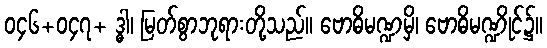
၀၄၆+၀၄၇+ ဒ္ဓါ၊ မြတ်စွာဘုရားတို့သည်။ ဗောဓိမဏ္ဍမှိ၊ ဗောဓိမဏ္ဍိုင်၌။